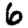
Digit: 6